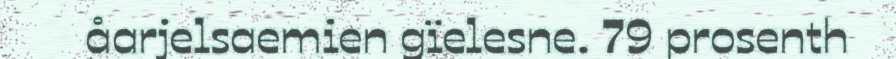
åarjelsaemien gïelesne. 79 prosenth